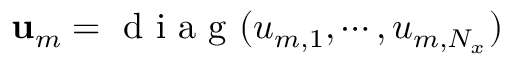
\mathbf { u } _ { m } = \mathrm { ~ d ~ i ~ a ~ g ~ } ( u _ { m , 1 } , \cdots , u _ { m , N _ { x } } )